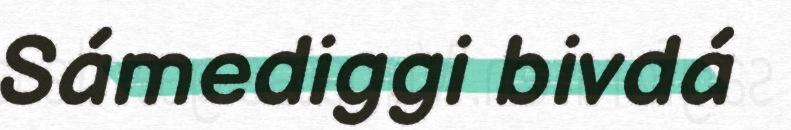
Sámediggi bivdá